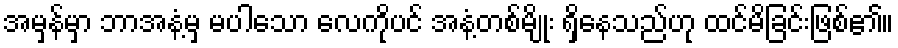
အမှန်မှာ ဘာအနံ့မှ မပါသော လေကိုပင် အနံ့တစ်မျိုး ရှိနေသည်ဟု ထင်မိခြင်းဖြစ်၏။